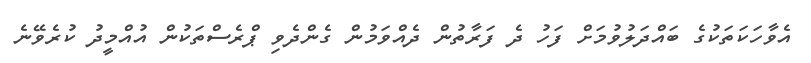
އެވާހަކަތަކުގެ ބައްދަލުވުމަށް ފަހު ދެ ފަރާތުން ދެއްވަމުން ގެންދެވި ޕްރެސްތަކުން އުއްމީދު ކުރެވޭނެ